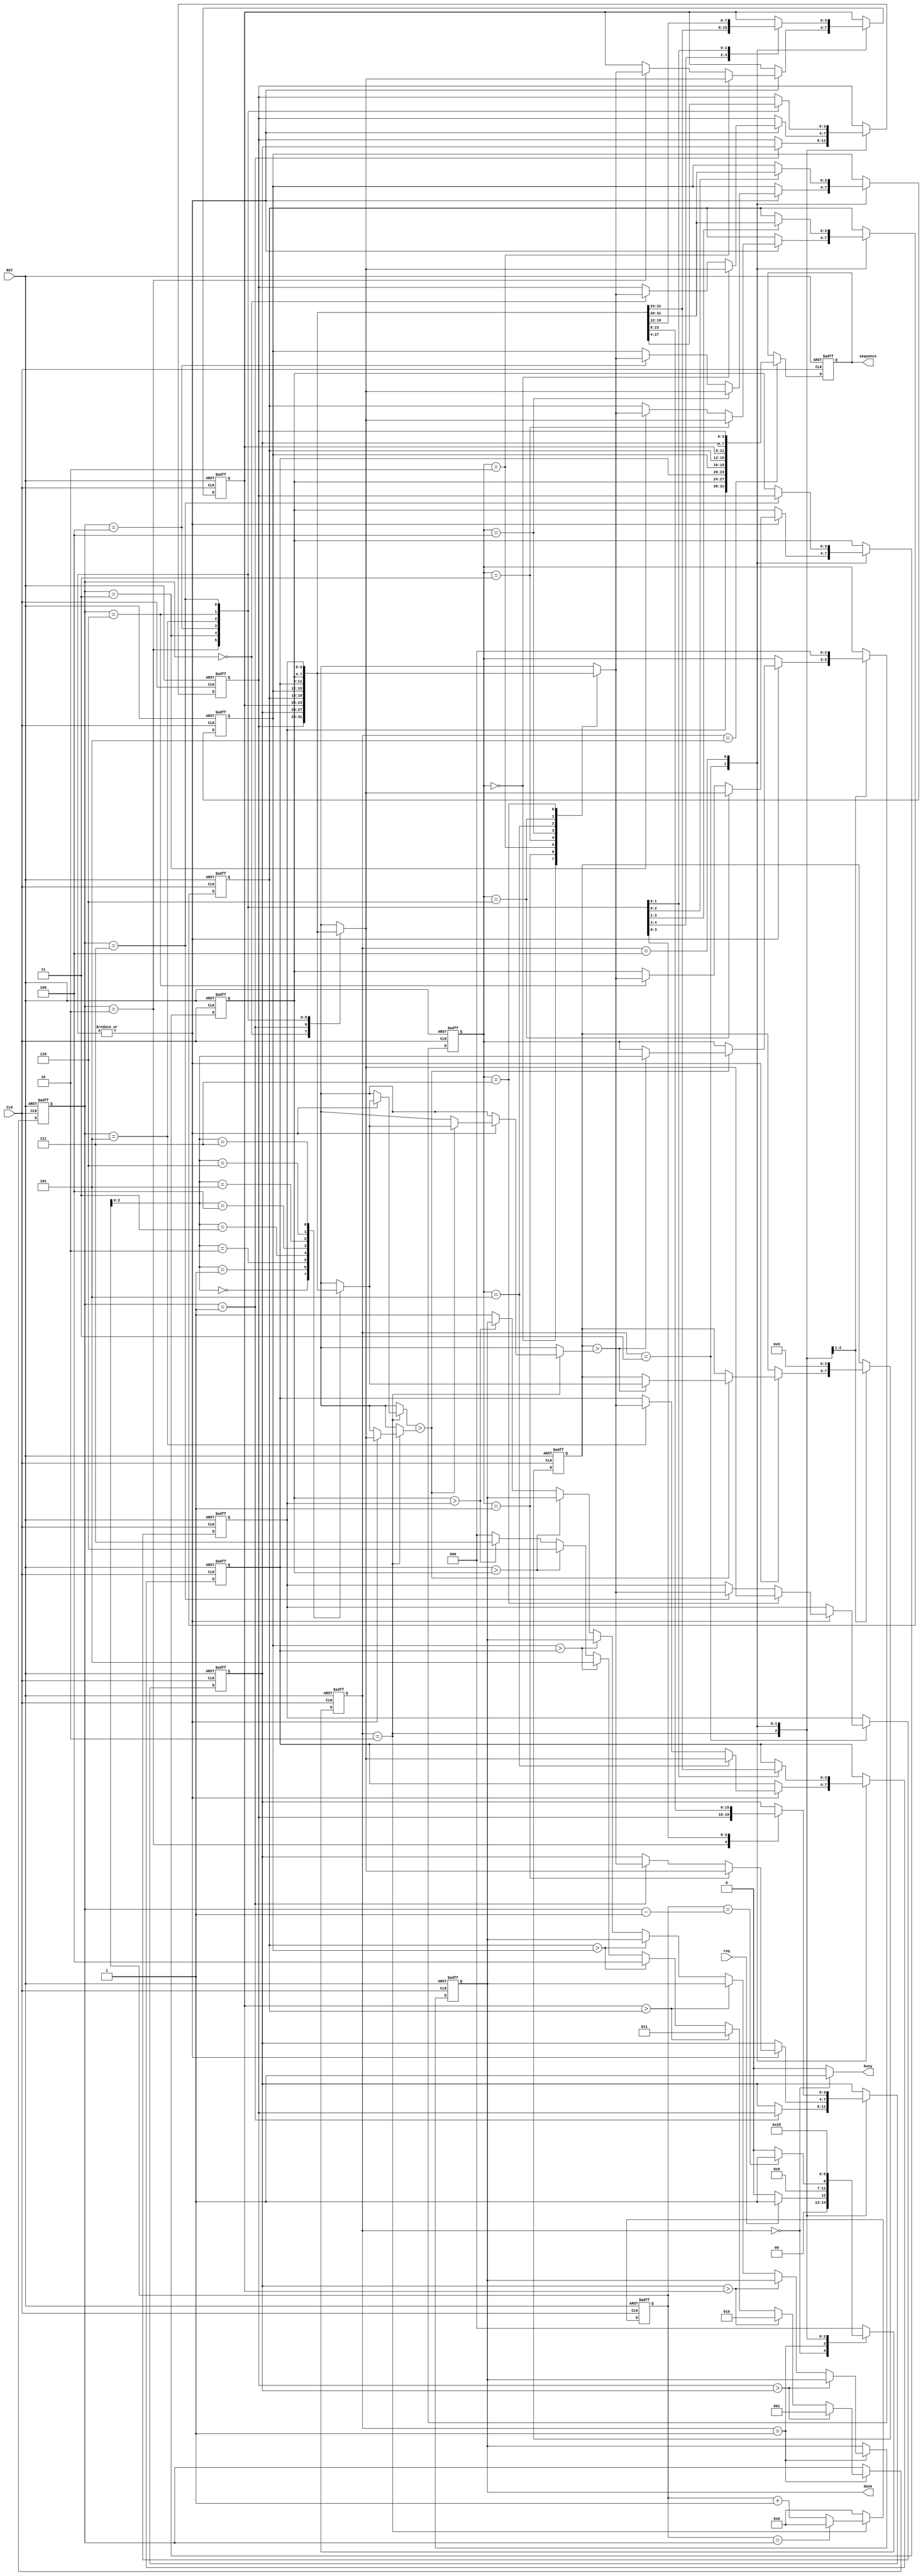
module sort (
input CLK, input RST,
input req,
output reg [31:0] sequence,
output busy,
output reg done );

////////////////////////////////////////
// REG

reg [3:0]  seq [7:0];
reg [3:0]  cnt;
reg [2:0]  pos;
reg [3:0]  num;
reg [3:0]  com_num;
reg [2:0]  com_pos;

integer i;

reg       [2:0] cs, ns;
parameter [2:0] IDLE    = 3'h0,
                SORT_1  = 3'h1,
                SORT_2  = 3'h2,
                SORT_3  = 3'h3,
                SORT_4  = 3'h4,
                SEQ_OUT = 3'h5;
////////////////////////////////////////

assign busy = (cs == IDLE) ? 1'h1 : 1'h0;
////////////////////////////////////////
// STATE

always @(posedge CLK or posedge RST)begin
    if(RST)begin
        cs <= IDLE;
    end
    else begin
        cs <= ns;
    end
end

always @(*)begin
    case(cs)
        IDLE:begin
            if(req) ns <= SORT_1;
            else    ns <= IDLE;
        end
        SORT_1: ns <= SORT_2;
        SORT_2:begin
            if(cnt == (pos - 4'h1))begin
                ns <= SORT_3;
            end
            else begin
                ns <= SORT_2;
            end
        end
        SORT_3: ns <= SORT_4;
        SORT_4: ns <= SEQ_OUT;
        default:ns <= IDLE;
    endcase
end
////////////////////////////////////////
// CNT

always @(posedge CLK or posedge RST)begin
    if(RST)begin
        cnt <= 4'h0;
    end
    else begin
        case(cs)
            SORT_2:begin
                if(cnt == pos)begin
                    cnt <= 4'h0;
                end
                else begin
                    cnt <= cnt + 4'h1;
                end
            end
            default:begin
                cnt <= 4'h0;
            end
        endcase
    end
end
////////////////////////////////////////
// SORT

always @(posedge CLK or posedge RST)begin
    if(RST)begin
        pos     <= 3'h0;
        num     <= 4'h0;
        com_pos <= 3'h0;
        com_num <= 4'h9;
        done    <= 1'h0;
        for(i=0;i<8;i=i+1)begin
            seq[i] <= 7-i;
        end
    end
    else begin
        case(cs)
            SORT_1:begin
                if(seq[0] > seq[1])begin
                    pos <= 3'd1;
                    num <= seq[1];
                end
                else if(seq[1] > seq[2])begin
                    pos <= 3'd2;
                    num <= seq[2];
                end
                else if(seq[2] > seq[3])begin
                    pos <= 3'd3;
                    num <= seq[3];
                end
                else if(seq[3] > seq[4])begin
                    pos <= 3'd4;
                    num <= seq[4];
                end
                else if(seq[4] > seq[5])begin
                    pos <= 3'd5;
                    num <= seq[5];
                end
                else if(seq[5] > seq[6])begin
                    pos <= 3'd6;
                    num <= seq[6];
                end
                else if(seq[6] > seq[7])begin
                    pos <= 3'd7;
                    num <= seq[7];
                end
                else begin
                    pos <= 5'd0;
                    num <= 4'h0;
                    done <= 1'h1;
                end
            end
            SORT_2:begin
                case(pos)
                    3'h1:begin
                        seq[0] <= seq[1];
                        seq[1] <= seq[0];
                    end
                    3'h2, 3'h3, 3'h4, 3'h5, 3'h6, 3'h7:begin
                        if(seq[cnt] > seq[pos])begin
                            if(com_num > seq[cnt])begin
                                com_num <= seq[cnt];
                                com_pos <= cnt;
                            end
                        end
                    end
                endcase
            end
            SORT_3:begin
                case(pos)
                    3'h2, 3'h3, 3'h4, 3'h5, 3'h6, 3'h7:begin
                        seq[pos]     <= seq[com_pos];
                        seq[com_pos] <= seq[pos];
                    end
                endcase
                com_pos <= 3'h0;
                com_num <= 4'h9;
            end
            SORT_4:begin
                case(pos)
                    3'h2:begin
                        seq[0] <= seq[1];
                        seq[1] <= seq[0];
                    end
                    3'h3:begin
                        seq[0] <= seq[2];
                        seq[1] <= seq[1];
                        seq[2] <= seq[0];
                    end
                    3'h4:begin
                        seq[0] <= seq[3];
                        seq[1] <= seq[2];
                        seq[2] <= seq[1];
                        seq[3] <= seq[0];
                    end
                    3'h5:begin
                        seq[0] <= seq[4];
                        seq[1] <= seq[3];
                        seq[2] <= seq[2];
                        seq[3] <= seq[1];
                        seq[4] <= seq[0];
                    end
                    3'h6:begin
                        seq[0] <= seq[5];
                        seq[1] <= seq[4];
                        seq[2] <= seq[3];
                        seq[3] <= seq[2];
                        seq[4] <= seq[1];
                        seq[5] <= seq[0];
                    end
                    3'h7:begin
                        seq[0] <= seq[6];
                        seq[1] <= seq[5];
                        seq[2] <= seq[4];
                        seq[3] <= seq[3];
                        seq[4] <= seq[2];
                        seq[5] <= seq[1];
                        seq[6] <= seq[0];
                    end
                endcase
            end
        endcase
    end
end
////////////////////////////////////////
// OUTPUT

always @(posedge CLK or posedge RST)begin
    if(RST)begin
        sequence <= 32'h0;
    end
    else begin
        if(cs == SEQ_OUT)begin
            sequence <= {seq[7], seq[6], seq[5], seq[4], seq[3], seq[2], seq[1], seq[0]};
        end
    end
end
////////////////////////////////////////

endmodule